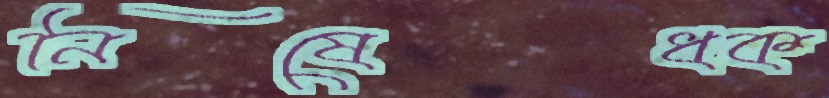
নিষেধক